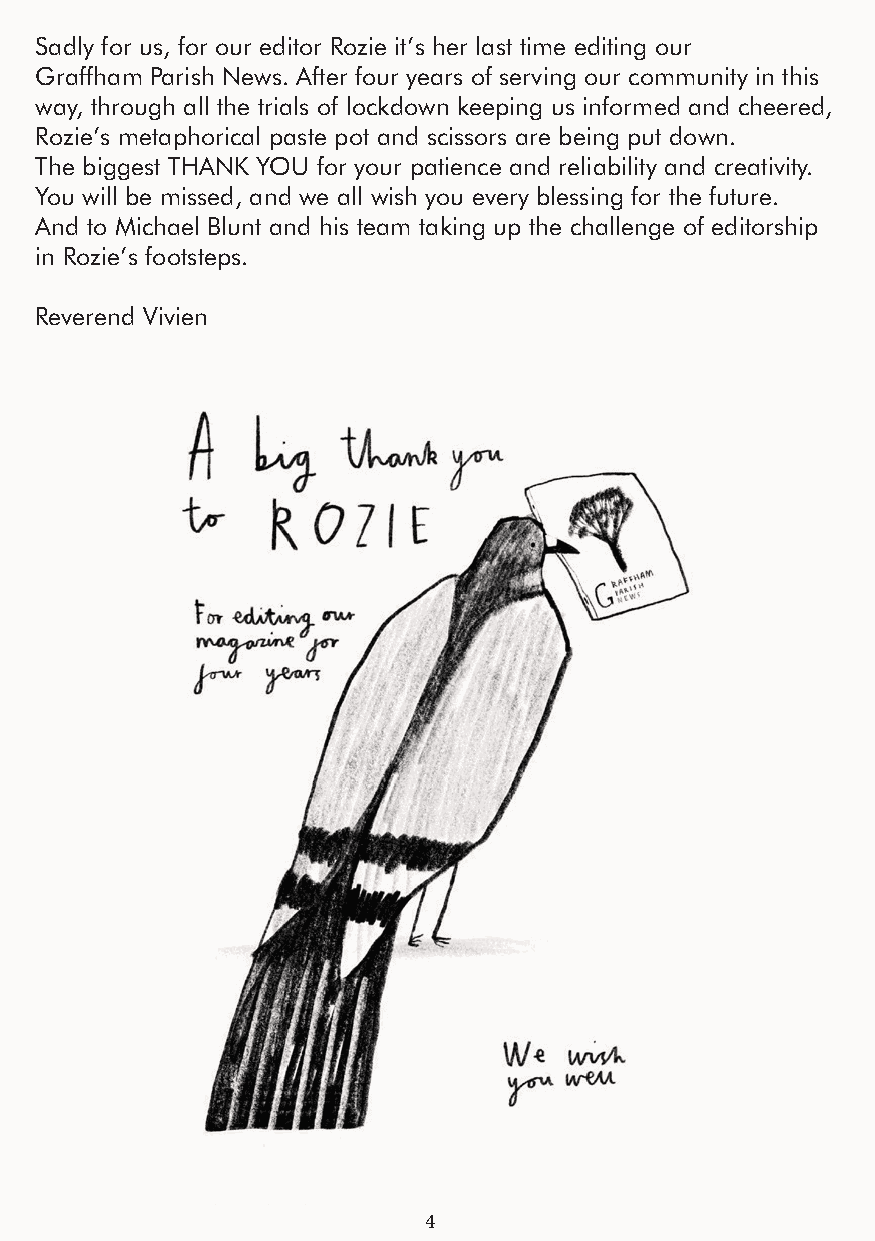
Sadly for us, for our editor Rozie it’s her last time editing our
 Graffham Parish News. After four years of serving our community in this
 way, through all the trials of lockdown keeping us informed and cheered,
 Rozie’s metaphorical paste pot and scissors are being put down.
 The biggest THANK YOU for your patience and reliability and creativity.
 You will be missed, and we all wish you every blessing for the future.
 And to Michael Blunt and his team taking up the challenge of editorship
 in Rozie’s footsteps.
 Reverend Vivien
 4